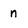
Character: n